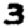
Digit: 3